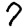
Digit: 7